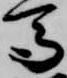
馬